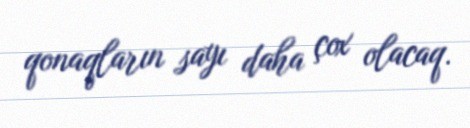
qonaqların sayı daha çox olacaq.